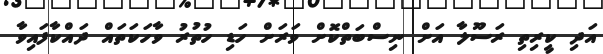
އަދި ކީރިތި ރަސޫލާ އަށް ނިސްބަތްކޮށް ވަރަށް ހަޑި ހުތުރު ވާހަކަތައް ދައްކާފައިވާ